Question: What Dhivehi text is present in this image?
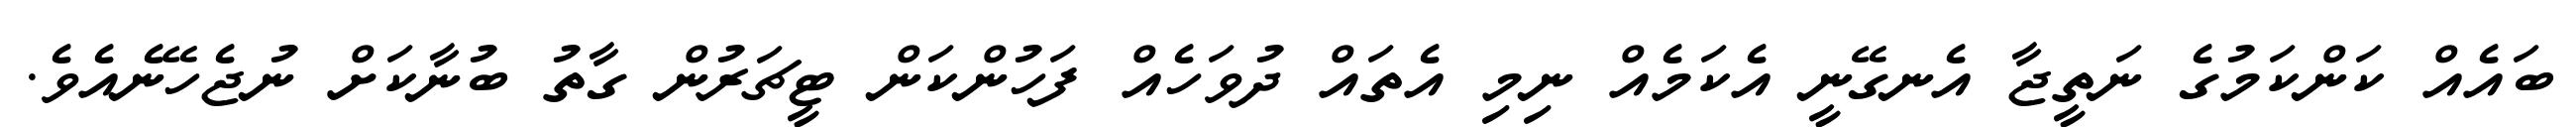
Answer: ބައެއް ކަންކަމުގެ ނަތީޖާ އެނގޭނީ އެކަމެއް ނިމި އެތައް ދުވަހެއް ފަހުންކަން ޓީޗަރުން ގާތު ބުނާކަށް ނުޖެހޭނެއެވެ.